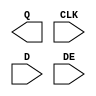
module sky130_fd_sc_hs__edfxtp (
    Q  ,
    CLK,
    D  ,
    DE
);

    output Q  ;
    input  CLK;
    input  D  ;
    input  DE ;

    // Voltage supply signals
    supply1 VPWR;
    supply0 VGND;

endmodule